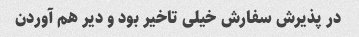
در پذیرش سفارش خیلی تاخیر بود و دیر هم آوردن